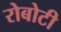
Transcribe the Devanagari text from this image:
रोबोटी